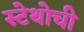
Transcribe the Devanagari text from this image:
स्टेथोची